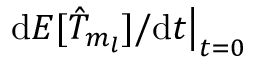
\left. \mathrm { d } E [ \hat { T } _ { m _ { l } } ] / \mathrm { d } t \right| _ { t = 0 }